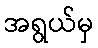
အရွယ်မှ